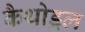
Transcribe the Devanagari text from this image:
कैथोड्रल